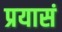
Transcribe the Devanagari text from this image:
प्रयासं